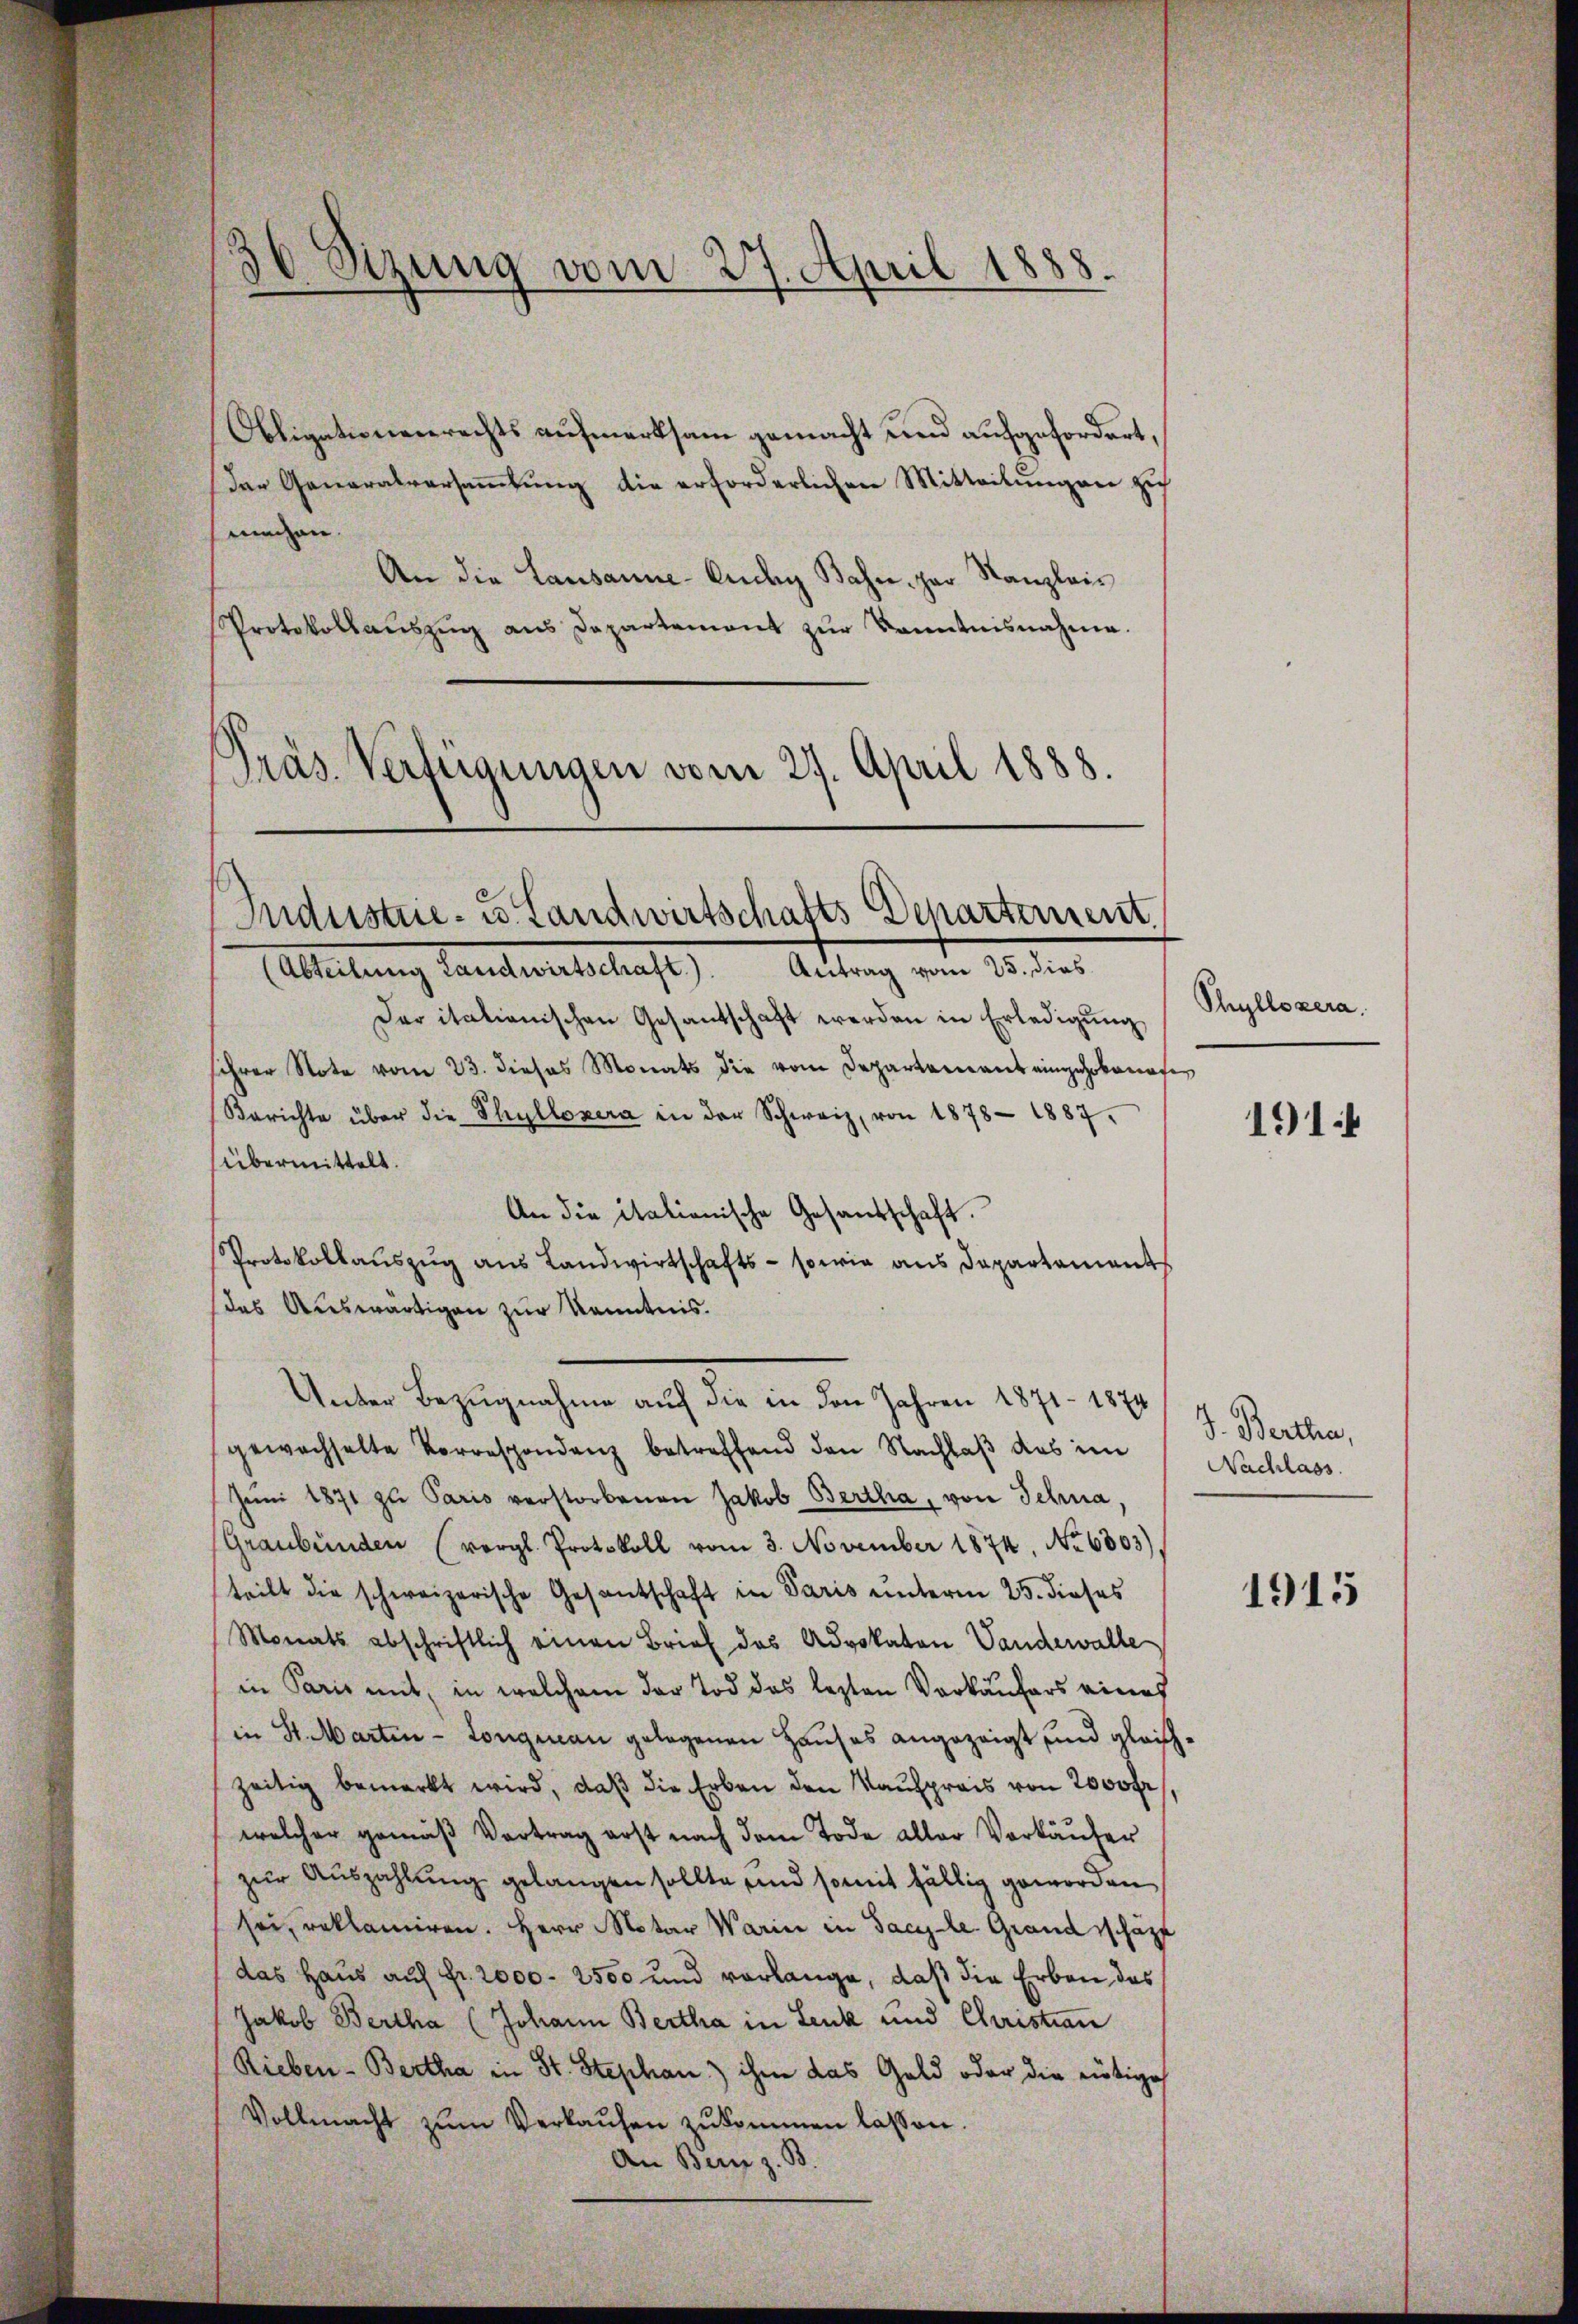
Obligationenrechts aufmerksam gemacht und aufgefordert,
Das Generalversaṁlŭng die erforderlichen Mitteilŭngen zu
mmchen.
An die Lausanne - Ander Bahn, par Kanzlei¬
Protokollaŭszŭg ans Departement zŭr Kenntnisnahme.
Präs. Verfügungen vom 27. April 1888.

Industrie- u. Landwirtschafts Departement
(Abteilung Landwirtschaft). Antrag vom 25. dies

36 Sizung vom 27. April 1888.

Unter Bezugnahme auf die in den Jahren 1871 - 1874

Der italienischen Gesantschaft werden in Erledigŭng
hrer Not vom 23. dieses Monats die vom Departement eingekanate
Berichte über die Thyllosera in der Schweiz, von 1878 - 1887.
übermittelt.
An die italionische Gesandschaft.
Protokollauszug aus Landwirtschafts- sowie aus Departament
(das Auswärtigen zur Kenntnis.
gewachselte Vorrespondenz betreffend den Nachlaß das im
Jŭni 1871 zu Paris verstorbenen Jakob Bertha, von Schna
Graubünden (vergl. Protokoll vom 3. November 1874. No 6803)
teilt die schweizerische Gesantschaft in Paris unterm 25. dieses
Monats abschriftlich einen Brief des Advokaten Vandewalle
in Paris mit, in welchem der Tod des lezten Verkäufers eines
in St. Marten - Longmann gelegenen Hauses angezeigt und gleichzeitig bemerkt wird, daβ die Erben den Kaufpreis von 2000 fr
welcher gemäß Vertrag erst nach dem Tode aller Verkäŭfer
zur Auszahlung gelangen sollte, und somit fällig geworden
sei, reklamiren. Herr Motor Warin in Sache Grandschäzt
das Haus auf Fr. 2000. 2500 und verlange, daß die Erben das
Jakob Bertha (Johann Bertha in Lenk und Christian
Rieben-Bertha in St. Stephan ihm das Geld oder die nötige
Vollmacht zŭm Verkaŭfen zŭkommen lassen.
An Benz z. B.

Phyllozera.

1914

J. Bertha,
Nachlass

1915